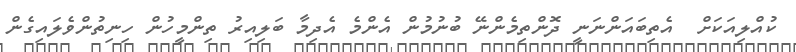
ކުއްލިއަކަށް  އެތިބައަންނަނީ ދޮންތިމެންނޭ ބުނުމުން އެންމެ އެދިމާ ބަލިއިރު ތިންމީހުން ހިނިތުންވެލައިގެން